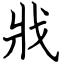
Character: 戕